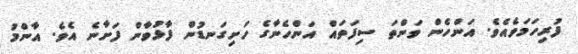
ފުރިހަމަވެއެވެ. އަންހެން ވަންތަ ސިފަތައް އަންހެނާގެ ހަށިގަނޑުން ފާޅުވާން ފަށާނެ އެވެ. އާންމު